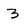
Character: 3